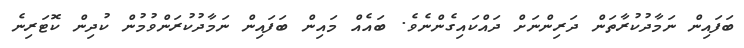
ބަފައިން ނަމާދުކުރާތަން ދަރިންނަށް ދައްކައިގެންނެވެ. ބައެއް މައިން ބަފައިން ނަމާދުކުރަންވުމުން ކުދިން ކޮޓަރިނެ